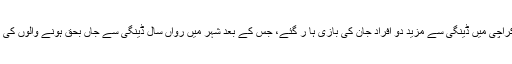
21اکتوبر 2013ء)کراچی میں ڈینگی سے مزید دو افراد جان کی بازی ہا ر گئے، جس کے بعد شہر میں رواں سال ڈینگی سے جاں بحق ہونے والوں کی تعداد 14 ہو گئی ہے۔